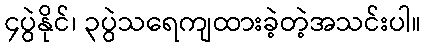
၄ပွဲနိုင်၊ ၃ပွဲသရေကျထားခဲ့တဲ့အသင်းပါ။